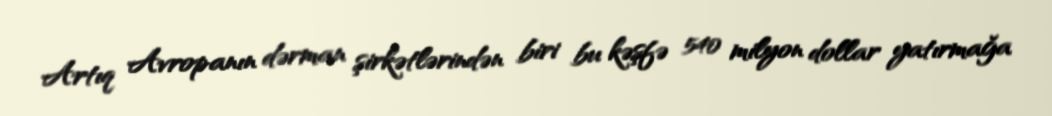
Artıq Avropanın dərman şirkətlərindən biri bu kəşfə 540 milyon dollar yatırmağa